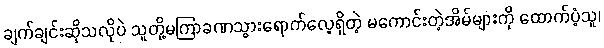
ချက်ချင်းဆိုသလိုပဲ သူတို့မကြာခဏသွားရောက်လေ့ရှိတဲ့ မကောင်းတဲ့အိမ်များကို ထောက်ပံ့သူ၊